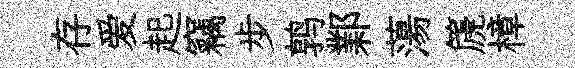
存爱起竊步鹑鄴蕩篪樟